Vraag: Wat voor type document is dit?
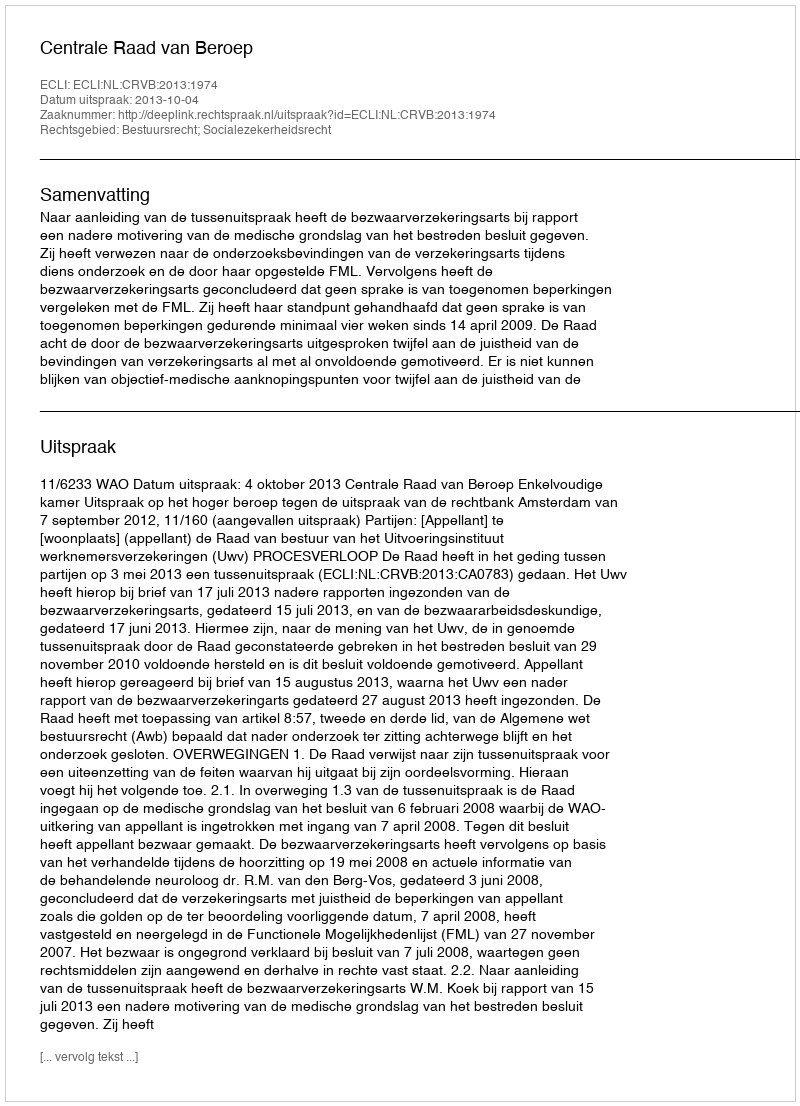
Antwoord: Uitspraak